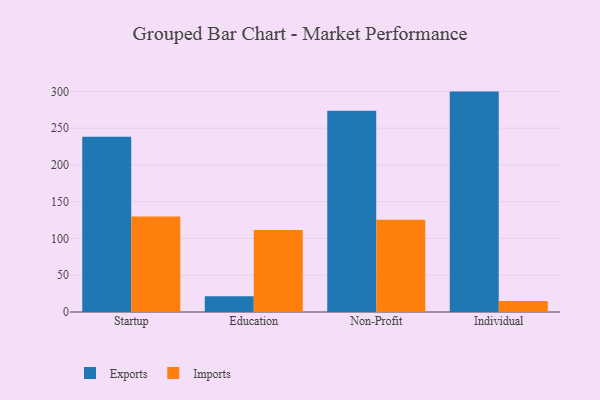
{"axis": {"x": "Segment", "y": "Churn Rate (%)"}, "legend": ["Exports", "Imports"], "data": [{"x": "Startup", "y": 238.3, "type": "Exports"}, {"x": "Startup", "y": 129.7, "type": "Imports"}, {"x": "Education", "y": 21.5, "type": "Exports"}, {"x": "Education", "y": 111.5, "type": "Imports"}, {"x": "Non-Profit", "y": 273.8, "type": "Exports"}, {"x": "Non-Profit", "y": 125.5, "type": "Imports"}, {"x": "Individual", "y": 299.7, "type": "Exports"}, {"x": "Individual", "y": 15.0, "type": "Imports"}]}